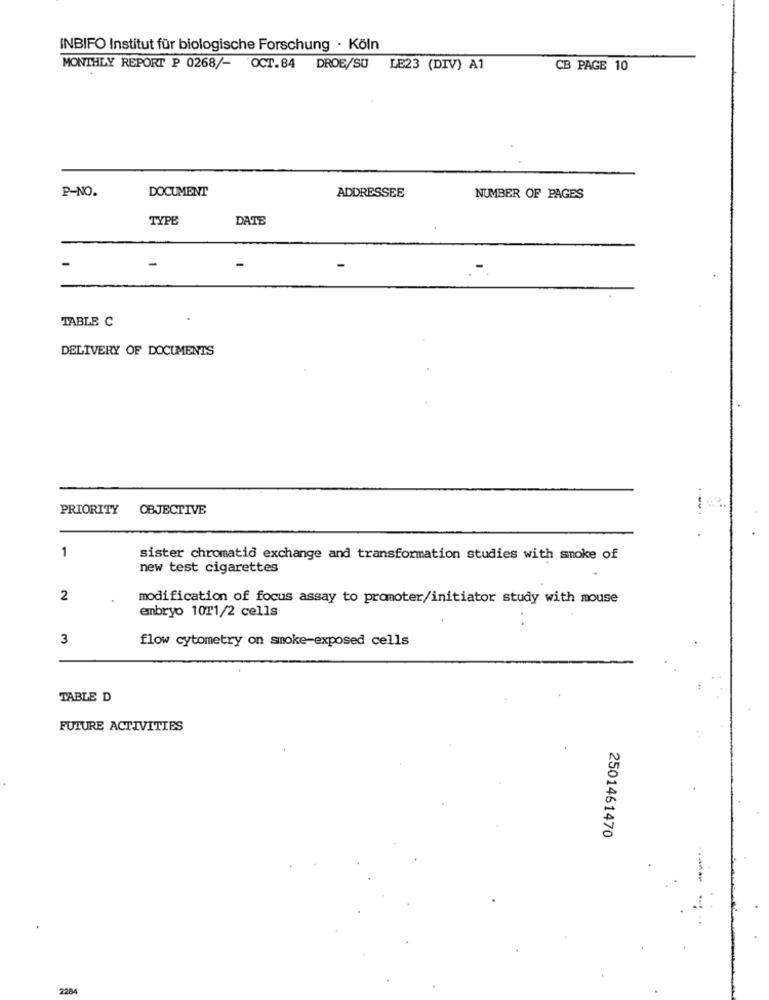
INBIFO Institut für biologische Forschung · Köln
MONTHLY REPORT P 0268/- OCT.84 DROE/SU LE23 (DIV) A1
CB PAGE 10
P-NO.
DOCUMENT
ADDRESSEE
NUMBER OF PAGES
TYPE
DATE
-
-
TABLE C
DELIVERY OF DOCUMENTS
PRIORITY
OBJECTIVE
1
sister chromatid exchange and transformation studies with smoke of
new test cigarettes
2
modification of focus assay to promoter/initiator study with mouse
embryo 1011/2 cells
3
flow cytometry on smoke-exposed cells
TABLE D
FUTURE ACTIVITIES
2501461470
2284